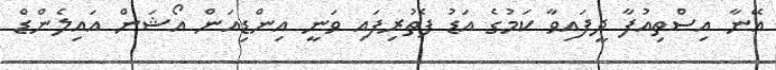
އޭނާ އިސްތިއުފާ ދީފައިވާ ކަމުގެ އަޑު ފެތުރިފައި ވަނީ އިންޑިއަން އޯޝަން އައިލެންޑް